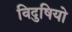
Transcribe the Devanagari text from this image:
विदुषियो